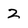
Character: 2